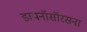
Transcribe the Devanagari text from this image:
डायनॉसॉरसना